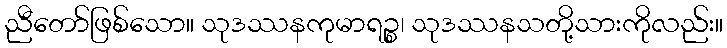
ညီတော်ဖြစ်သော။ သုဒဿနကုမာရဉ္စ၊ သုဒဿနသတို့သားကိုလည်း။